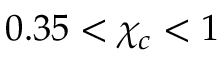
0 . 3 5 < \chi _ { c } < 1